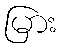
မြား